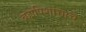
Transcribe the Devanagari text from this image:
ब्रह्मपिशाच्चाचे